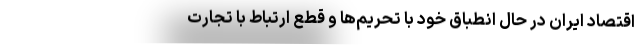
اقتصاد ایران در حال انطباق خود با تحریم‌ها و قطع ارتباط با تجارت